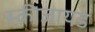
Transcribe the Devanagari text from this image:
स्कीजायड